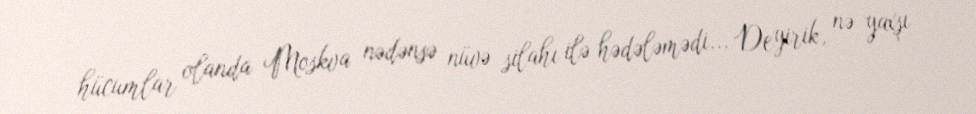
hücumlar olanda Moskva nədənsə nüvə silahı ilə hədələmədi... Deyirik, nə yaxşı